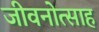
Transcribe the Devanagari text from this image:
जीवनोत्साह